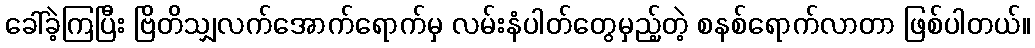
ခေါ်ခဲ့ကြပြီး ဗြိတိသျှလက်အောက်ရောက်မှ လမ်းနံပါတ်တွေမှည့်တဲ့ စနစ်ရောက်လာတာ ဖြစ်ပါတယ်။